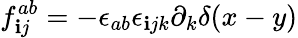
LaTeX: f_{\mathbf{i}j}^{ab}=-{\epsilon_{ab}}{\epsilon_{\mathbf{i}jk}}\partial_{k}\delta(x-y)